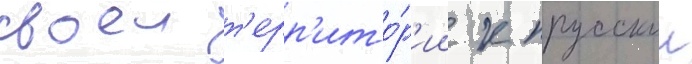
своеи т'ерр'ито́р'ии к прусскои